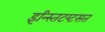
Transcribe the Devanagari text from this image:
इन्स्तिटय्टसत